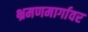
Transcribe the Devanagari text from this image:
भ्रमणमार्गावर